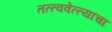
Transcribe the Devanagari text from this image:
तत्त्ववेत्त्यांचा